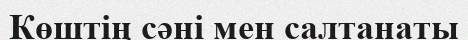
Көштің сәні мен салтанаты